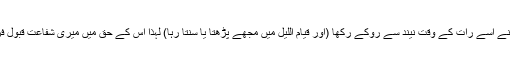
میں نے اسے رات کے وقت نیند سے روکے رکھا (اور قیام اللیل میں مجھے پڑھتا یا سنتا رہا) لہٰذا اس کے حق میں میری شفاعت قبول فرما۔